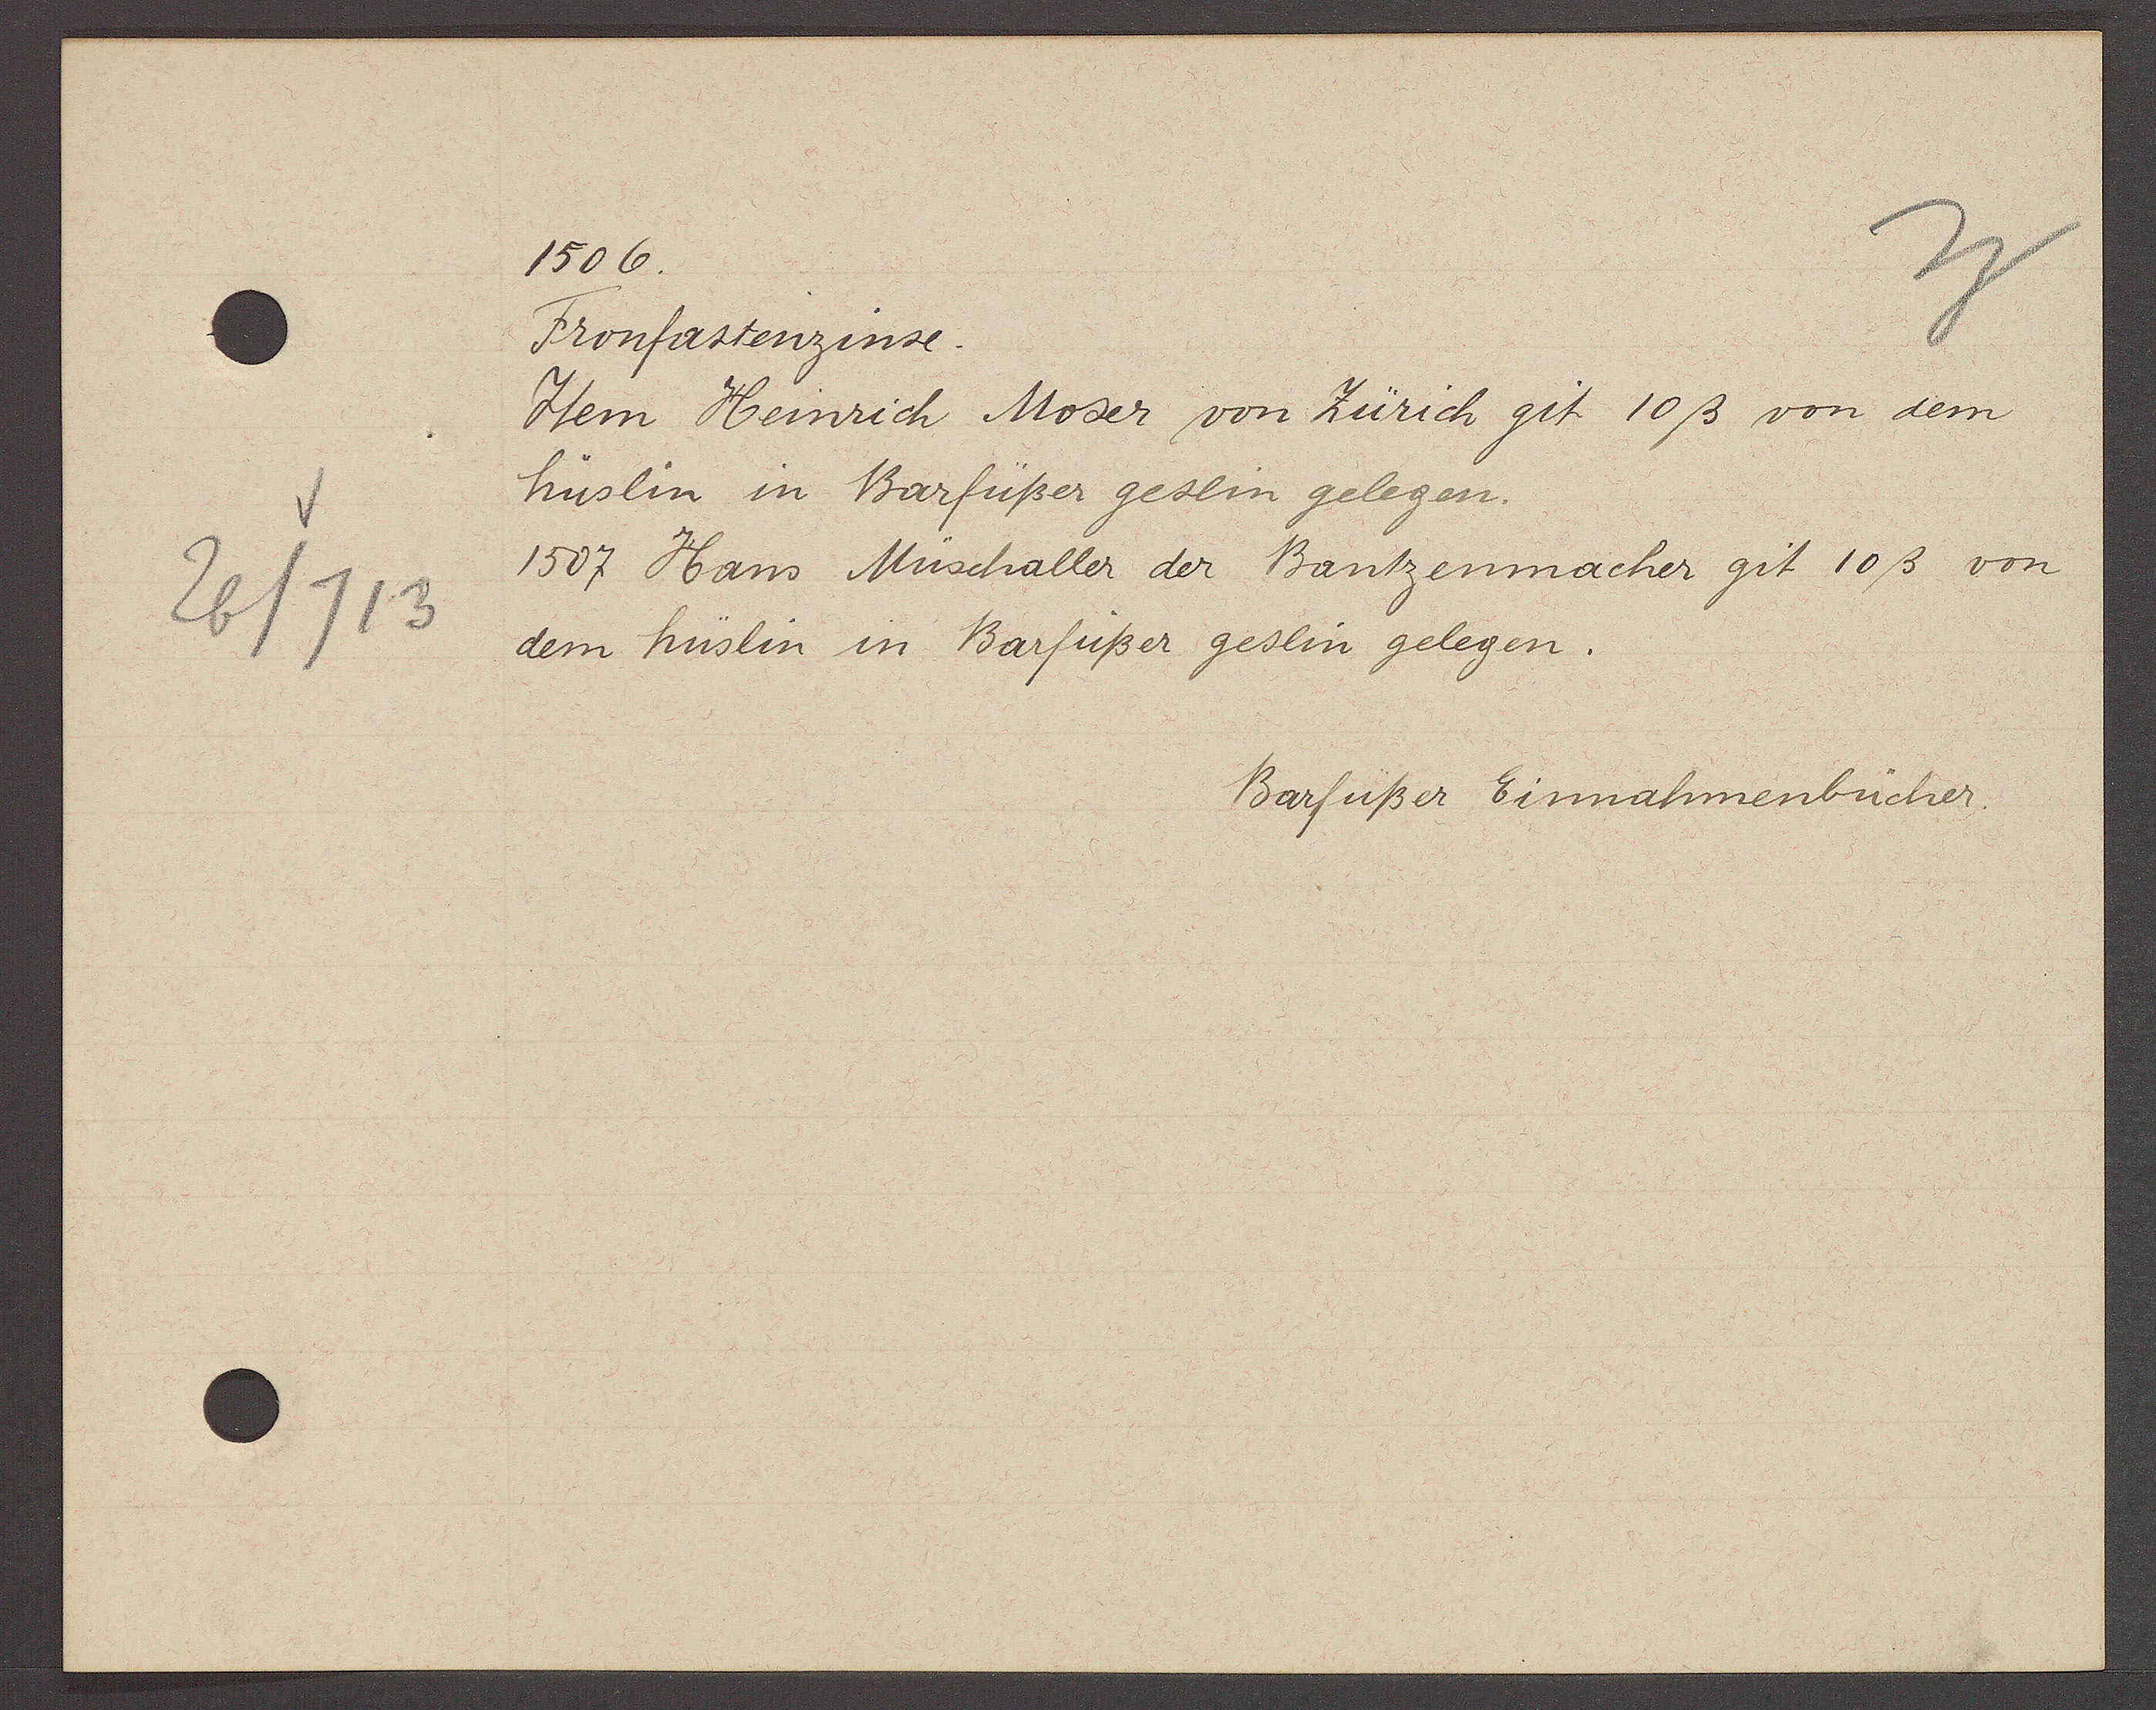
Transcript:
26/713

1506.

Fronfastenzinse.
Item Heinrich Moser von Zürich git 10ß von dem
hüslin in Barfüßer geslin gelegen.
1507 Hans Müschaller der Bantzenmacher git 10ß von
dem hüslin in Barfüßer geslin gelegen.

Barfüßer Einnahmenbücher.